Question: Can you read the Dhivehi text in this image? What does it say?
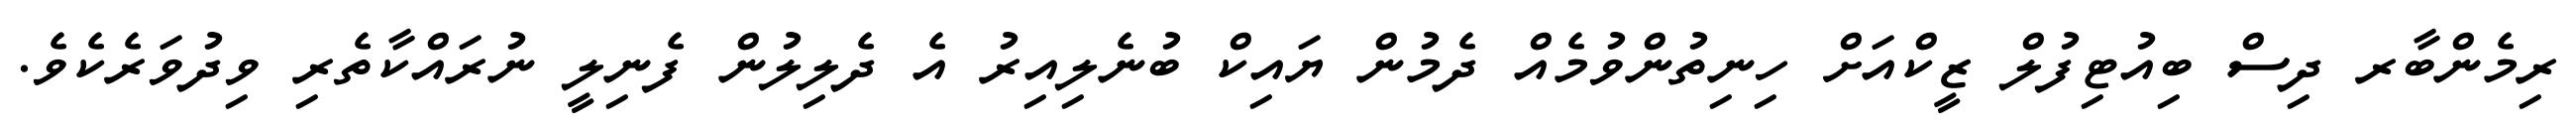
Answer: ރިމެންބާރ ދިސް ބިއުޓިފުލް ޒީކްއަށް ހިނިތުންވުމެއް ދެމުން ޔައިކް ބުނެލިއިރު އެ ދެލިލުން ފެނިލީ ނުރައްކާތެރި ވިދުވަރެކެވެ.